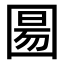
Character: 𫭍